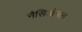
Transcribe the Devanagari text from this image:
नैसिओनल